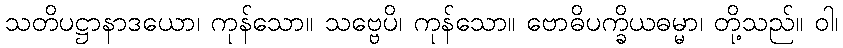
သတိပဋ္ဌာနာဒယော၊ ကုန်သော။ သဗ္ဗေပိ၊ ကုန်သော။ ဗောဓိပက္ခိယဓမ္မာ၊ တို့သည်။ ဝါ၊